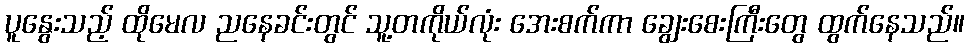
ပူနွေးသည့် ထိုမေလ ညနေခင်းတွင် သူ့တကိုယ်လုံး အေးစက်ကာ ချွေးစေးကြီးတွေ ထွက်နေသည်။